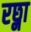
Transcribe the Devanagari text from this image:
रछ्ना